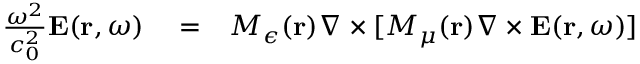
\begin{array} { r l r } { \frac { \omega ^ { 2 } } { c _ { 0 } ^ { 2 } } { \bf E } ( { \bf r } , \omega ) } & { { } = } & { M _ { \epsilon } ( { \bf r } ) \nabla \times [ M _ { \mu } ( { \bf r } ) \nabla \times { \bf E } ( { \bf r } , \omega ) ] } \end{array}